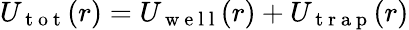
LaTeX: U_{\mathrm{~t~o~t~}}(r)=U_{\mathrm{~w~e~l~l~}}(r)+U_{\mathrm{~t~r~a~p~}}(r)